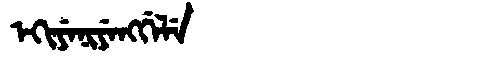
Manchu: ᡝᡴᡳᠶᡝᠨᡳᠶᡝᠩᡤᡝᠯᡝ
Romanization: EKIYENIYENGGELE